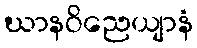
ဃာနဝိညေယျာနံ